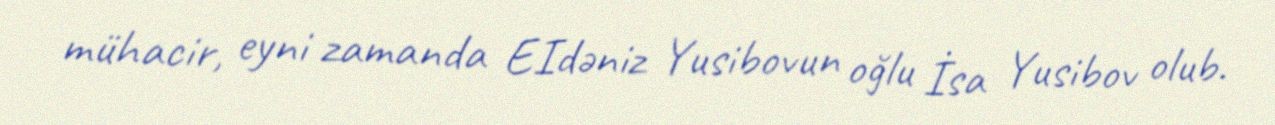
mühacir, eyni zamanda EIdəniz Yusibovun oğlu İsa Yusibov olub.